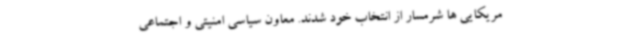
مریکایی ها شرمسار از انتخاب خود شدند. معاون سیاسی امنیتی و اجتماعی